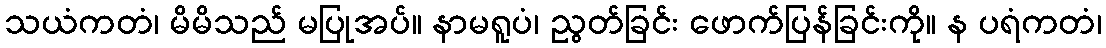
သယံကတံ၊ မိမိသည် မပြုအပ်။ နာမရူပံ၊ ညွတ်ခြင်း ဖောက်ပြန်ခြင်းကို။ န ပရံကတံ၊